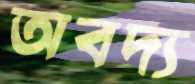
অবদ্য